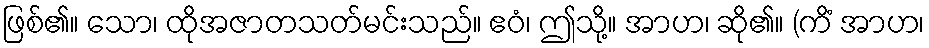
ဖြစ်၏။ သော၊ ထိုအဇာတသတ်မင်းသည်။ ဧဝံ၊ ဤသို့။ အာဟ၊ ဆို၏။ (ကိံ အာဟ၊